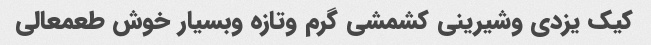
کیک یزدی وشیرینی کشمشی گرم وتازه وبسیار خوش طعمعالی